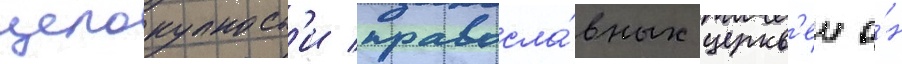
целокупност'и правосла́вных церкв'еи о́н